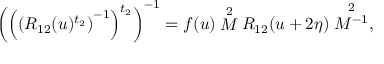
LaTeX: \left( \left( \left( R _ { 1 2 } ( u ) ^ { t _ { 2 } } \right) ^ { - 1 } \right) ^ { t _ { 2 } } \right) ^ { - 1 } = f ( u ) \stackrel { 2 } { M } R _ { 1 2 } ( u + 2 \eta ) \stackrel { 2 } { M ^ { - 1 } } ,